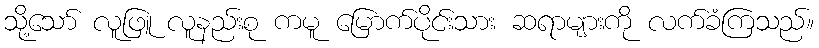
သို့သော် လူဖြူ လူနည်းစု ကမူ မြောက်ပိုင်းသား ဆရာများကို လက်ခံကြသည်။